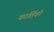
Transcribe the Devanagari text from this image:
कार्तिको